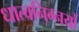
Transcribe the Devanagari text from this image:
धात्वनिग्नयों